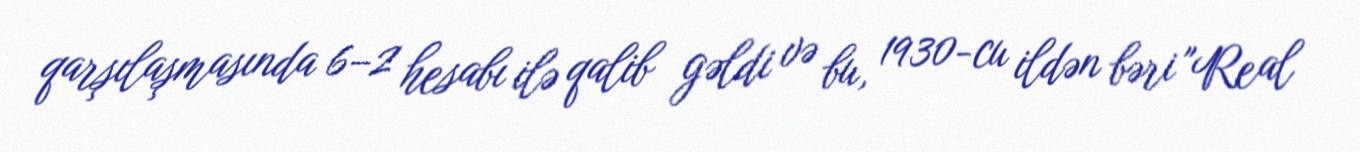
qarşılaşmasında 6–2 hesabı ilə qalib gəldi və bu, 1930-cu ildən bəri "Real